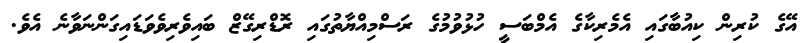
އޭގެ ކުރިން ކިއުބާގައި އެމެރިކާގެ އެމްބަސީ ހުޅުވުމުގެ ރަސްމިއްޔާތުގައި ރޮޑްރިގޭޒް ބައިވެރިވެވަޑައިގަންނަވާނެ އެވެ.